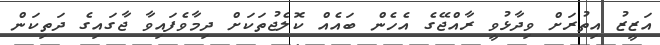
އަޒީޒު އިތުރަށް ވިދާޅުވީ ރާއްޖޭގެ އެހެން ބައެއް ކޮލެޖުތަކަށް ދިމާވެފައިވާ ޖާގައިގެ ދަތިކަން